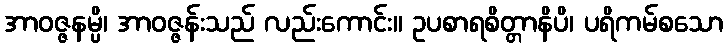
အာဝဇ္ဇနမ္ပိ၊ အာဝဇ္ဇန်းသည် လည်းကောင်း။ ဥပစာရစိတ္တာနိပိ၊ ပရိကမ်စသော